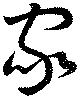
家